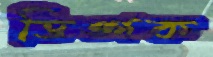
ডিঙ্গক